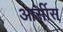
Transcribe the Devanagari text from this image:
आर्सीस